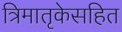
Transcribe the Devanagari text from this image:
त्रिमातृकेसहित